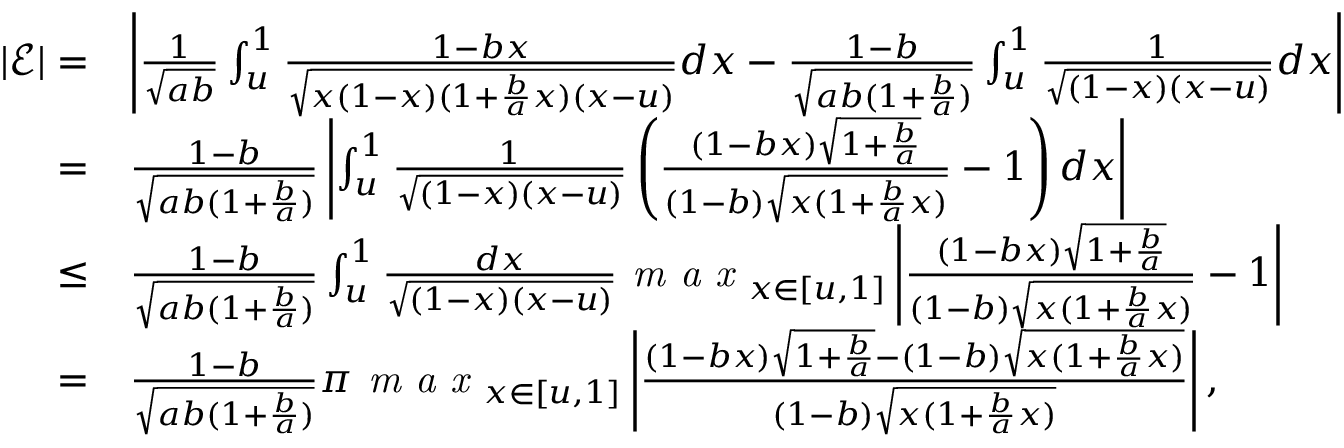
\begin{array} { r l } { | \mathcal { E } | = } & { \left| \frac { 1 } { \sqrt { a b } } \int _ { u } ^ { 1 } \frac { 1 - b x } { \sqrt { x ( 1 - x ) ( 1 + \frac { b } { a } x ) ( x - u ) } } d x - \frac { 1 - b } { \sqrt { a b ( 1 + \frac { b } { a } ) } } \int _ { u } ^ { 1 } \frac { 1 } { \sqrt { ( 1 - x ) ( x - u ) } } d x \right| } \\ { = } & { \frac { 1 - b } { \sqrt { a b ( 1 + \frac { b } { a } ) } } \left| \int _ { u } ^ { 1 } \frac { 1 } { \sqrt { ( 1 - x ) ( x - u ) } } \left( \frac { ( 1 - b x ) \sqrt { 1 + \frac { b } { a } } } { ( 1 - b ) \sqrt { x ( 1 + \frac { b } { a } x ) } } - 1 \right) d x \right| } \\ { \leq } & { \frac { 1 - b } { \sqrt { a b ( 1 + \frac { b } { a } ) } } \int _ { u } ^ { 1 } \frac { d x } { \sqrt { ( 1 - x ) ( x - u ) } } \textit { m a x } _ { x \in [ u , 1 ] } \left| \frac { ( 1 - b x ) \sqrt { 1 + \frac { b } { a } } } { ( 1 - b ) \sqrt { x ( 1 + \frac { b } { a } x ) } } - 1 \right| } \\ { = } & { \frac { 1 - b } { \sqrt { a b ( 1 + \frac { b } { a } ) } } \pi \textit { m a x } _ { x \in [ u , 1 ] } \left| \frac { ( 1 - b x ) \sqrt { 1 + \frac { b } { a } } - ( 1 - b ) \sqrt { x ( 1 + \frac { b } { a } x ) } } { ( 1 - b ) \sqrt { x ( 1 + \frac { b } { a } x ) } } \right| , } \end{array}